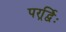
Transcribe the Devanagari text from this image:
परर्र्द्विः